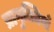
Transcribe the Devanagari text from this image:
प्रागुक्तियाँ